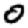
Digit: 0